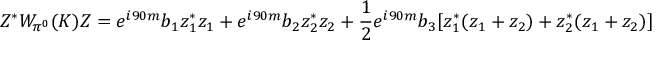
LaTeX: Z ^ { * } W _ { \pi ^ { 0 } } ( K ) Z = e ^ { i 9 0 m } b _ { 1 } z _ { 1 } ^ { * } z _ { 1 } + e ^ { i 9 0 m } b _ { 2 } z _ { 2 } ^ { * } z _ { 2 } + \frac 1 2 e ^ { i 9 0 m } b _ { 3 } [ z _ { 1 } ^ { * } ( z _ { 1 } + z _ { 2 } ) + z _ { 2 } ^ { * } ( z _ { 1 } + z _ { 2 } ) ]